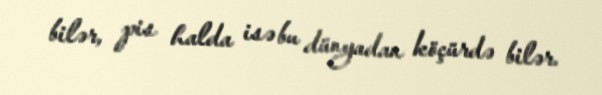
bilər, pis halda isə bu dünyadan köçürdə bilər.